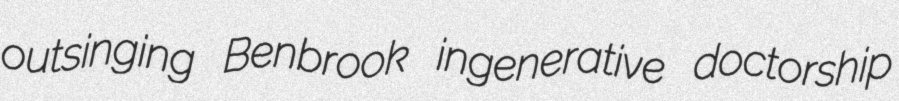
outsinging Benbrook ingenerative doctorship